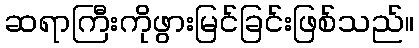
ဆရာကြီးကိုဖွားမြင်ခြင်းဖြစ်သည်။